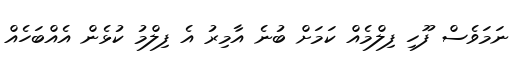
ނަމަވެސް ފޫހި ފިލްމެއް ކަމަށް ބުނެ އާމިރު އެ ފިލްމު ކުޅެން އެއްބަހެއް